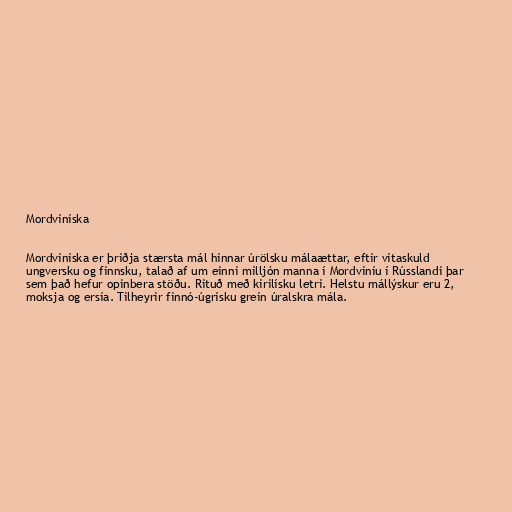
Mordviníska

Mordviníska er þriðja stærsta mál hinnar úrölsku málaættar, eftir vitaskuld
ungversku og finnsku, talað af um einni milljón manna í Mordviníu í Rússlandi þar
sem það hefur opinbera stöðu. Rituð með kirilísku letri. Helstu mállýskur eru 2,
moksja og ersía. Tilheyrir finnó-úgrísku grein úralskra mála.